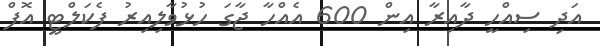
އަދި ސިއްހީ ދާއިރާ އިން 600 އެއްހާ ޖާގަ ހުޅުވާލިއިރު ފެކަލްޓީ އޮފް